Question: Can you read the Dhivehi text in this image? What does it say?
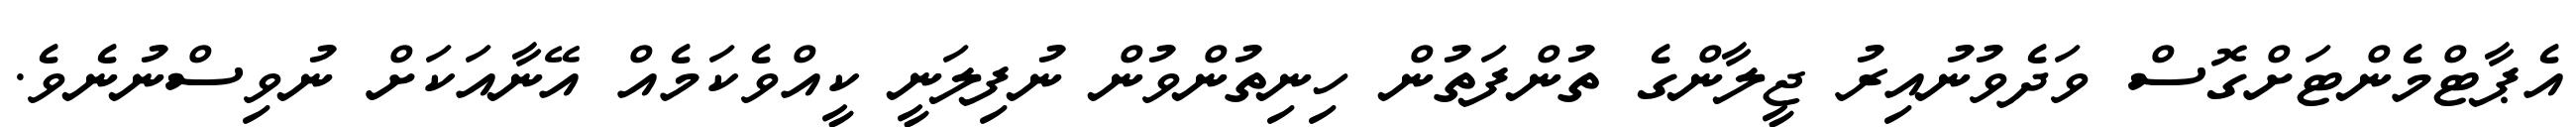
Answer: އެޕާޓްމެންޓަށްގޮސް ވަދެވުނުއިރު ޖީލާންގެ ތުންފަތުން ހިނިތުންވުން ނުފިލަނީ ކީއްވެކަމެއް އޭނާއަކަށް ނުވިސްނުނެވެ.